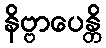
နိဗ္ဗာပေန္တိ